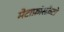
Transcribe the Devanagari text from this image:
मेटाफ़ॉस्फ़ेटों